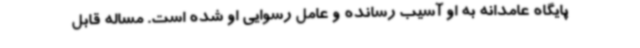
پایگاه عامدانه به او آسیب رسانده و عامل رسوایی او شده است. مساله قابل